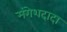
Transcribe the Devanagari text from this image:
मंगेशदादा